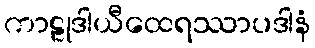
ကာဠုဒါယီထေရဿာပဒါနံ